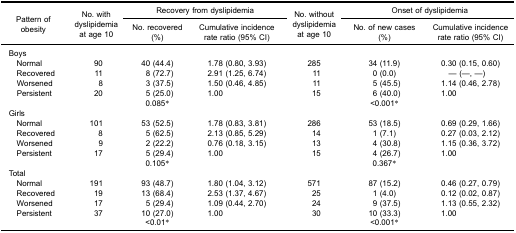
<table><thead><tr><td rowspan="3"><b>Pattern ofobesity</b></td><td rowspan="3"><b>No. withdyslipidemiaat age 10</b></td><td colspan="2"><b>Recovery from dyslipidemia</b></td><td rowspan="3"><b>No. withoutdyslipidemiaat age 10</b></td><td colspan="2"><b>Onset of dyslipidemia</b></td></tr><tr><td><b>No. recovered(%)</b></td><td><b>Cumulative incidencerate ratio (95% CI)</b></td><td><b>No. of new cases(%)</b></td><td><b>Cumulative incidencerate ratio (95% CI)</b></td></tr></thead><tbody><tr><td>Boys</td><td> </td><td> </td><td> </td><td> </td><td> </td><td> </td></tr><tr><td> Normal</td><td>90</td><td>40 (44.4)</td><td>1.78 (0.80, 3.93)</td><td>285</td><td>34 (11.9)</td><td>0.30 (0.15, 0.60)</td></tr><tr><td> Recovered</td><td>11</td><td>8 (72.7)</td><td>2.91 (1.25, 6.74)</td><td>11</td><td>0 (0.0)</td><td>— (—, —)</td></tr><tr><td> Worsened</td><td>8</td><td>3 (37.5)</td><td>1.50 (0.46, 4.85)</td><td>11</td><td>5 (45.5)</td><td>1.14 (0.46, 2.78)</td></tr><tr><td> Persistent</td><td>20</td><td>5 (25.0)</td><td>1.00</td><td>15</td><td>6 (40.0)</td><td>1.00</td></tr><tr><td> </td><td> </td><td>0.085*</td><td> </td><td> </td><td>&lt;0.001*</td><td> </td></tr><tr><td>Girls</td><td> </td><td> </td><td> </td><td> </td><td> </td><td> </td></tr><tr><td> Normal</td><td>101</td><td>53 (52.5)</td><td>1.78 (0.83, 3.81)</td><td>286</td><td>53 (18.5)</td><td>0.69 (0.29, 1.66)</td></tr><tr><td> Recovered</td><td>8</td><td>5 (62.5)</td><td>2.13 (0.85, 5.29)</td><td>14</td><td>1 (7.1)</td><td>0.27 (0.03, 2.12)</td></tr><tr><td> Worsened</td><td>9</td><td>2 (22.2)</td><td>0.76 (0.18, 3.15)</td><td>13</td><td>4 (30.8)</td><td>1.15 (0.36, 3.72)</td></tr><tr><td> Persistent</td><td>17</td><td>5 (29.4)</td><td>1.00</td><td>15</td><td>4 (26.7)</td><td>1.00</td></tr><tr><td> </td><td> </td><td>0.105*</td><td> </td><td> </td><td>0.367*</td><td> </td></tr><tr><td>Total</td><td> </td><td> </td><td> </td><td> </td><td> </td><td> </td></tr><tr><td> Normal</td><td>191</td><td>93 (48.7)</td><td>1.80 (1.04, 3.12)</td><td>571</td><td>87 (15.2)</td><td>0.46 (0.27, 0.79)</td></tr><tr><td> Recovered</td><td>19</td><td>13 (68.4)</td><td>2.53 (1.37, 4.67)</td><td>25</td><td>1 (4.0)</td><td>0.12 (0.02, 0.87)</td></tr><tr><td> Worsened</td><td>17</td><td>5 (29.4)</td><td>1.09 (0.44, 2.70)</td><td>24</td><td>9 (37.5)</td><td>1.13 (0.55, 2.32)</td></tr><tr><td> Persistent</td><td>37</td><td>10 (27.0)</td><td>1.00</td><td>30</td><td>10 (33.3)</td><td>1.00</td></tr><tr><td> </td><td> </td><td>&lt;0.01*</td><td> </td><td> </td><td>&lt;0.001*</td><td> </td></tr></tbody></table>